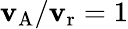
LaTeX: \mathbf{v}_{\mathrm{{A}}}/\mathbf{v}_{\mathrm{{r}}}=1